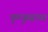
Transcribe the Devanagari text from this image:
फुप्फुसाचा